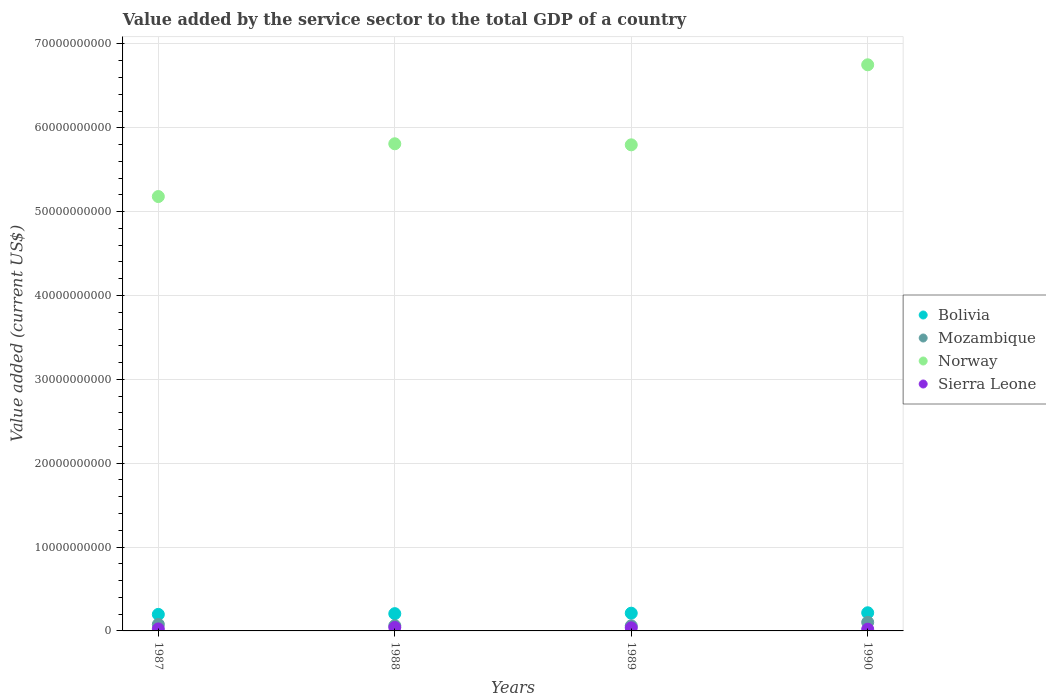
| Years | Bolivia | Mozambique | Norway | Sierra Leone |
 | --- | --- | --- | --- | --- |
 | 1987 | 1.97e+09 | 7.77e+08 | 5.18e+10 | 2.38e+08 |
 | 1988 | 2.06e+09 | 6.27e+08 | 5.81e+10 | 4.17e+08 |
 | 1989 | 2.12e+09 | 6.05e+08 | 5.8e+10 | 3.71e+08 |
 | 1990 | 2.16e+09 | 1.03e+09 | 6.75e+10 | 2.07e+08 |